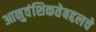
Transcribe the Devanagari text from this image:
आनुवंशिकतेबद्दलचे